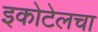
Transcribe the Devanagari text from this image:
इकोटेलचा